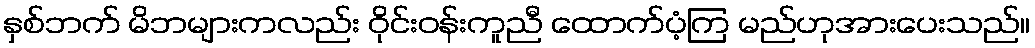
နှစ်ဘက် မိဘများကလည်း ဝိုင်းဝန်းကူညီ ထောက်ပံ့ကြ မည်ဟုအားပေးသည်။